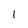
Character: 1